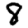
Digit: 8